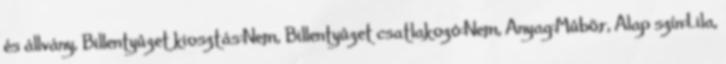
és állvány, Billentyûzet kiosztás:Nem, Billentyûzet csatlakozó:Nem, Anyag:Mûbõr, Alap szín:Lila,